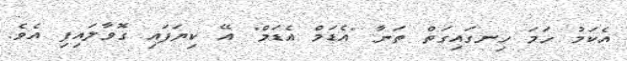
އެކަމު ހަަމަ ހިނގައިގަތް ތަނާ "އެޑަމް އެޑަމް" އޭ ކިޔަފައި ގޮވާލައިފި އެވެ.